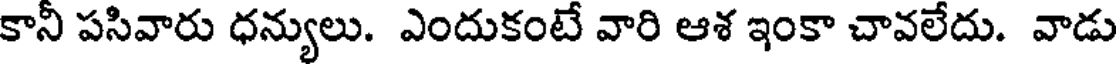
కానీ పసివారు ధన్యులు. ఎందుకంటే వారి ఆశ ఇంకా చావలేదు. వాడు